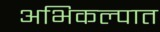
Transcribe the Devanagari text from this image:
अभिकल्पात